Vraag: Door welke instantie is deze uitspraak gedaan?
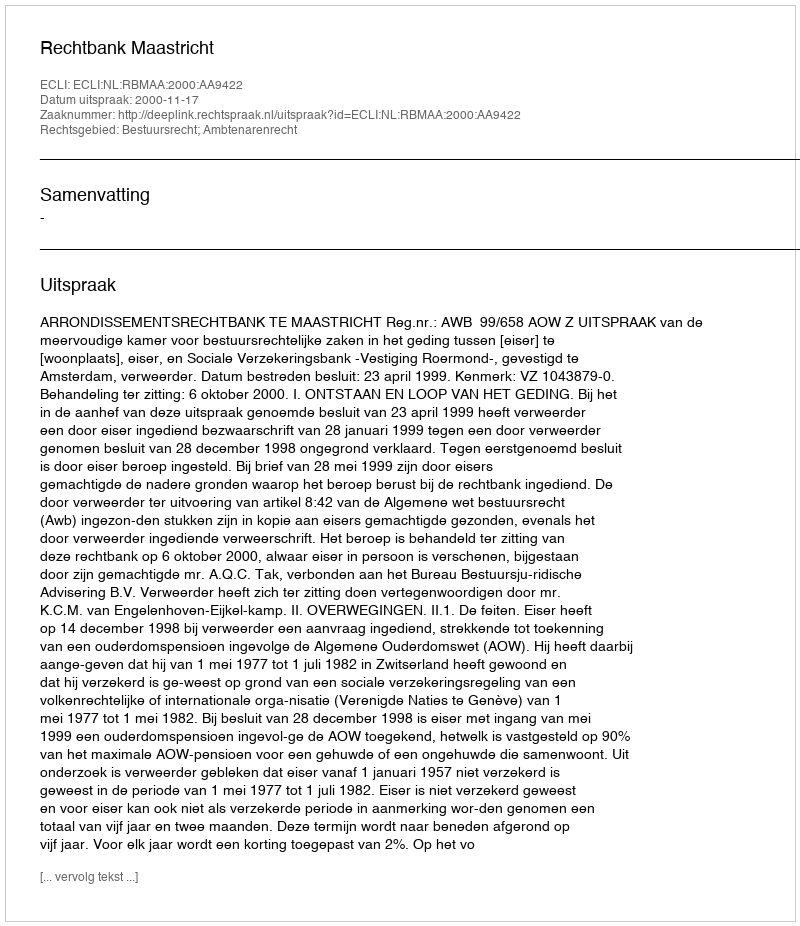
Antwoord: Rechtbank Maastricht